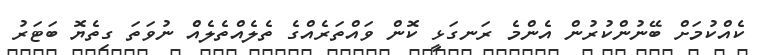
ކެއްކުމަށް ބޭނުންކުރުން އެންމެ ރަނގަޅީ ކޮން ވައްތަރެއްގެ ތެލެއްތެލެއެް ނުވަތަ ގިތެޔޮ ބަޓަރު